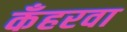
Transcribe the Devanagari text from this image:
कँहरवा